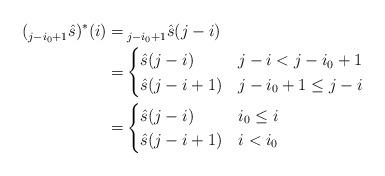
LaTeX: \begin{align*}(\prescript{}{j-i_0+1}{\hat{s}})^*(i)=&\prescript{}{j-i_0+1}{\hat{s}}(j-i)\\=&\begin{cases}\hat{s}(j-i)&j-i<j-i_0+1\\\hat{s}(j-i+1)& j-i_0+1\leq j- i\end{cases}\\=&\begin{cases}\hat{s}(j-i)& i_0\leq i\\\hat{s}(j-i+1)&i<i_0\end{cases}\end{align*}